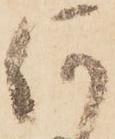
何